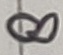
Text: 8